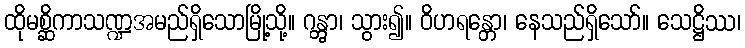
ထိုမစ္ဆိကာသဏ္ဍအမည်ရှိသောမြို့သို့။ ဂန္တွာ၊ သွား၍။ ဝိဟရန္တော၊ နေသည်ရှိသော်။ သေဋ္ဌိဿ၊